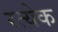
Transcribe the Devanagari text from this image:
रत्येक